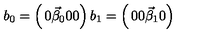
b _ { 0 } = \left( \begin{matrix} { 0 } \\ { \vec { \beta } _ { 0 } } \\ { 0 } \\ { 0 } \\ \end{matrix} \right) b _ { 1 } = \left( \begin{matrix} { 0 } \\ { 0 } \\ { \vec { \beta } _ { 1 } } \\ { 0 } \\ \end{matrix} \right)